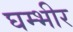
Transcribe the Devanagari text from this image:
घम्भीर